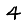
Digit: 4